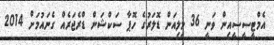
އެމްޓީސީސީއިން ވަނީ 36 މިލިއަން ޑޮލަރުގެ ހޮޕާ ސަކްޝަން ޑްރެޖަރެއް ގެނައުމަށް 2014